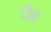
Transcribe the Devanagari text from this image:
दीबा